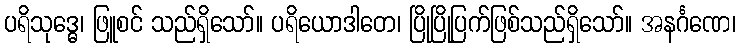
ပရိသုဒ္ဓေ၊ ဖြူစင် သည်ရှိသော်။ ပရိယောဒါတေ၊ ပြိုပြိုပြက်ဖြစ်သည်ရှိသော်။ အနင်္ဂဏေ၊